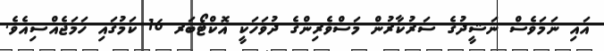
އައި ނަމަވެސް ނަޝީދުގެ ސަރުކާރުން މަސްވެރިންގެ ދުވަހަކީ އޮކްޓޯބަރ 16 ކަމުގައި ހަމަޖެއްސިއެވެ.